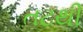
તટથી